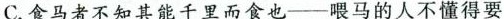
C.食马者不知其能千里而食也——喂马的人不懂得要